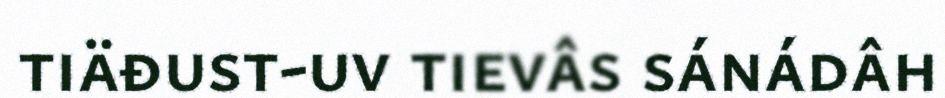
tiäđust-uv tievâs sánádâh